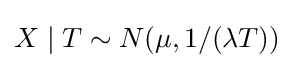
X\mid T\sim N(\mu ,1/(\lambda T))\,\!